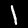
Digit: 1